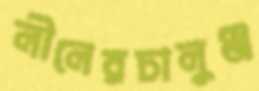
লীলেরচালুঞ্জ